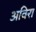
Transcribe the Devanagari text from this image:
अविरा